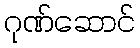
ဂုဏ်ဆောင်